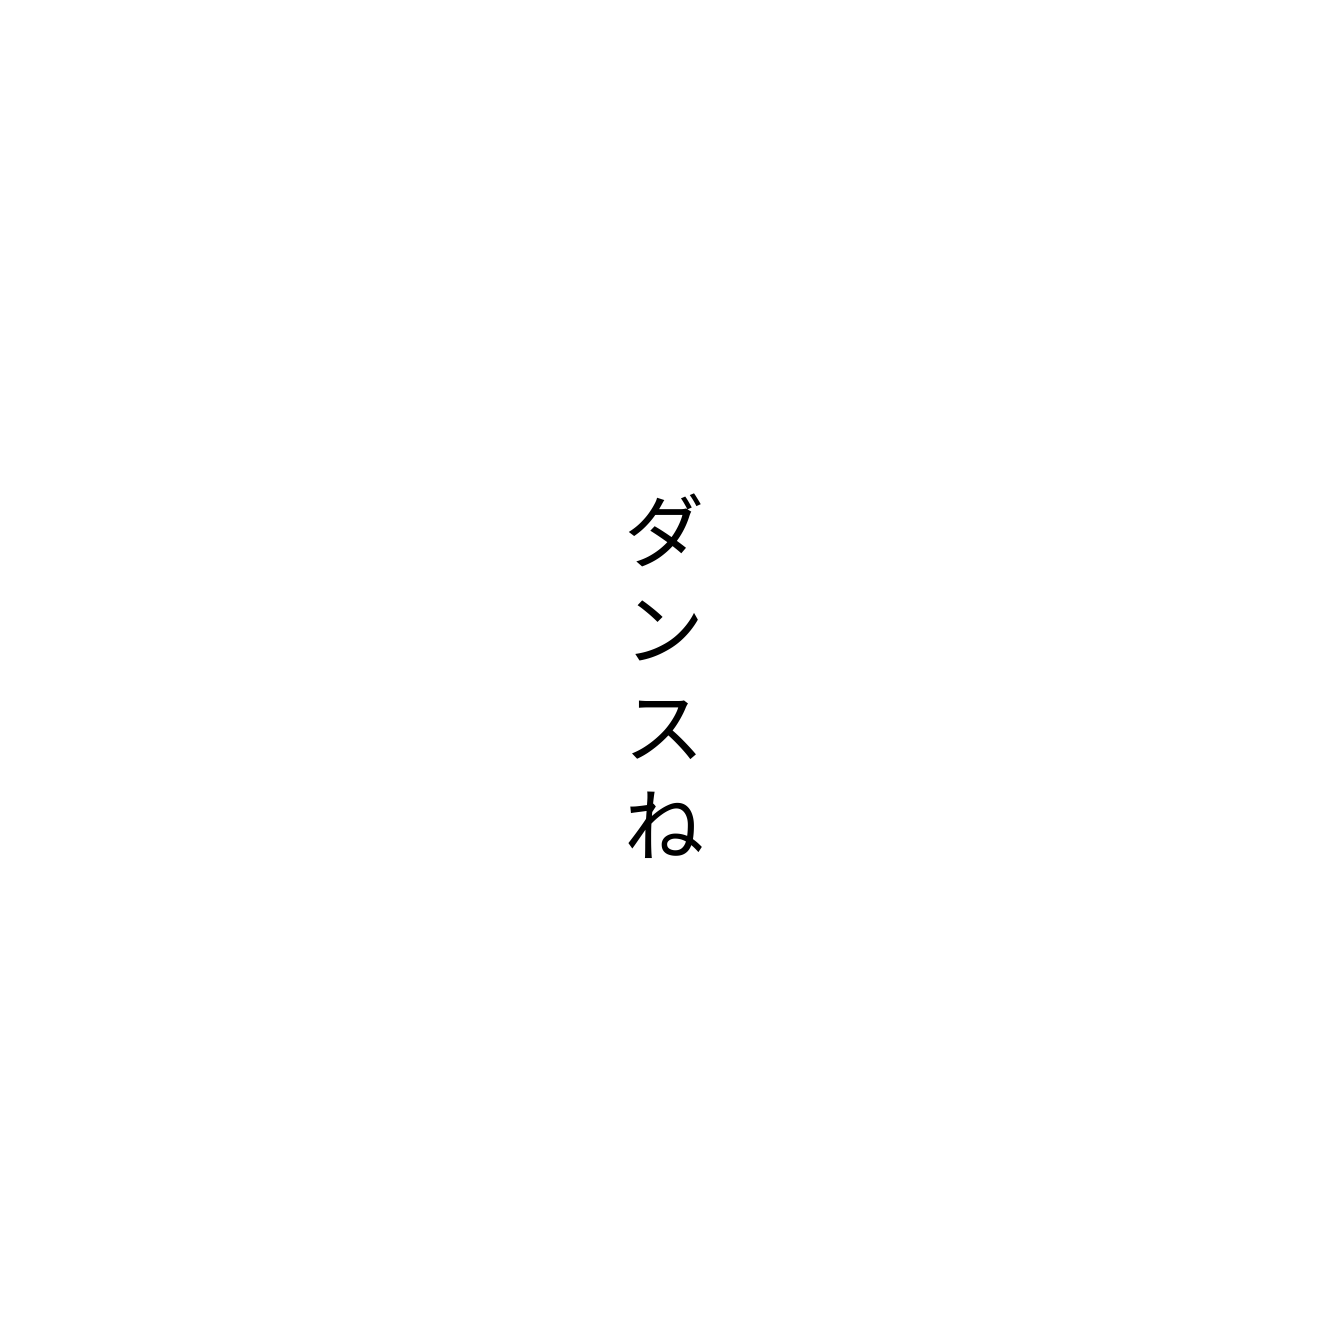
ダンスね